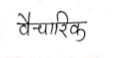
मजकूर: वैचारिक